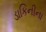
ડાકિનીના